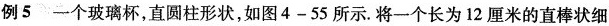
例5 一个玻璃杯，直圆柱形状，如图4-55所示。将一个长为12厘米的直棒状细